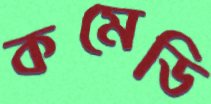
কমেডি